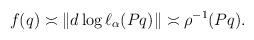
LaTeX: \begin{align*}f(q)\asymp \Vert d\log \ell_{\alpha}(Pq)\Vert \asymp \rho^{-1}(Pq).\end{align*}